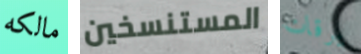
مالكه المستنسخين يرقات